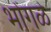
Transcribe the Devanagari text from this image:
भोंगळे